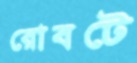
রোবটে